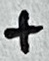
Text: +